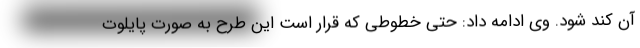
آن کند شود. وی ادامه داد: حتی خطوطی که قرار است این طرح به صورت پایلوت